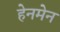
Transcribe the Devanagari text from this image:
हेनमेन